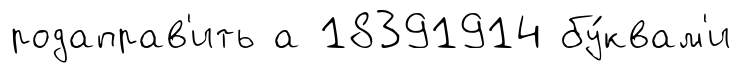
родаправ'ить а 18391914 бу́квам'и